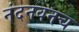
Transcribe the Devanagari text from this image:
नंदनवनच